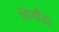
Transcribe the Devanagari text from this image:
सिखैडा